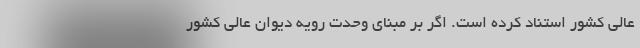
عالی کشور استناد کرده است. اگر بر مبنای وحدت رویه دیوان عالی کشور